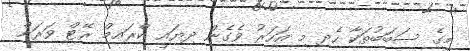
މީގެ ސަބަބުތަކާ ހެދި މި އަހަރު ވެގެން ދިޔައީ ކްރައިމް ރޭޓް ވަރަށް